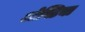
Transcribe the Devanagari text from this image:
ओस्टिया